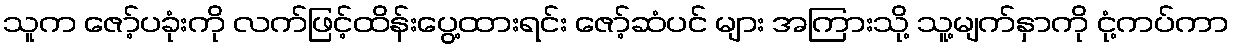
သူက ဇော့်ပခုံးကို လက်ဖြင့်ထိန်းပွေ့ထားရင်း ဇော့်ဆံပင် များ အကြားသို့ သူ့မျက်နှာကို ငုံ့ကပ်ကာ